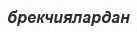
брекчиялардан